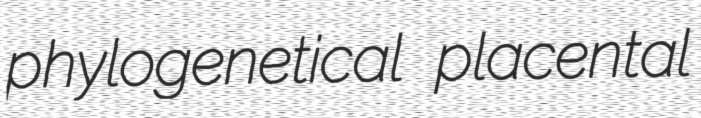
phylogenetical placental